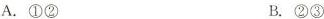
A.①② B.②③